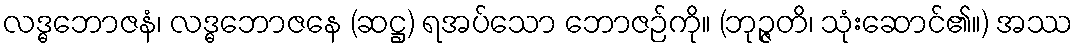
လဒ္ဓဘောဇနံ၊ လဒ္ဓဘောဇနေ (ဆဋ္ဌ) ရအပ်သော ဘောဇဉ်ကို။ (ဘုဉ္ဇတိ၊ သုံးဆောင်၏။) အဿ